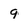
Character: 9